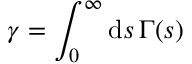
\gamma = \int _ { 0 } ^ { \infty } \mathrm { d } s \, \Gamma ( s )